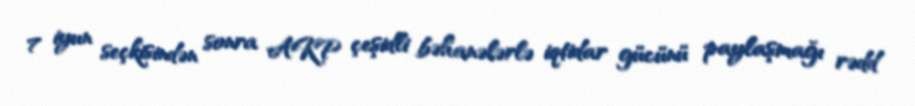
7 iyun seçkisindən sonra AKP çeşidli bəhanələrlə iqtidar gücünü paylaşmağı rədd